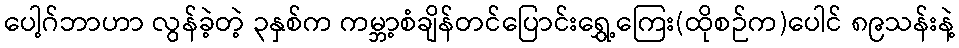
ပေါ့ဂ်ဘာဟာ လွန်ခဲ့တဲ့ ၃နှစ်က ကမ္ဘာ့စံချိန်တင်ပြောင်းရွှေ့ကြေး(ထိုစဉ်က)ပေါင် ၈၉သန်းနဲ့